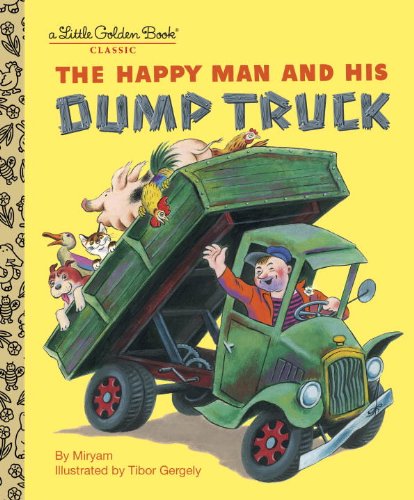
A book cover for The Happy Man and His Dump Truck (Little Golden Book); Miryam; Children's Books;